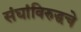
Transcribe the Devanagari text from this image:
संघांविरुद्धचे